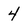
Character: 4